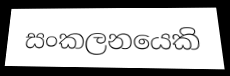
සංකලනයෙකි